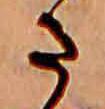
ま